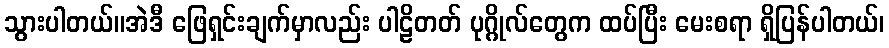
သွားပါတယ်။အဲဒီ ဖြေရှင်းချက်မှာလည်း ပါဠိတတ် ပုဂ္ဂိုလ်တွေက ထပ်ပြီး မေးစရာ ရှိပြန်ပါတယ်၊